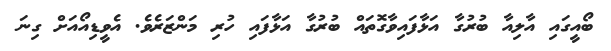
ބޯއީގައި އާލިއާ ބުރުގާ އަޅާފައިވާގޮތައް ބުރުގާ އަޅާފައި ހުރި މަންޒަރެވެ. އެވީޑިއޯއަށް ގިނަ